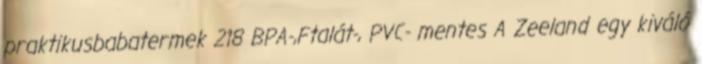
praktikusbabatermek 218 BPA-,Ftalát-, PVC- mentes A Zeeland egy kiváló